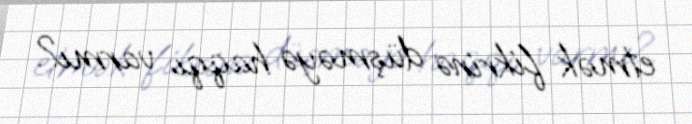
etmək fikrinə düşməyə haqqı varmı?.